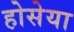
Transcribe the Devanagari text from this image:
होसेया